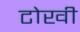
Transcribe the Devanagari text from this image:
टोखी